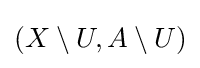
(X\setminus U,A\setminus U)